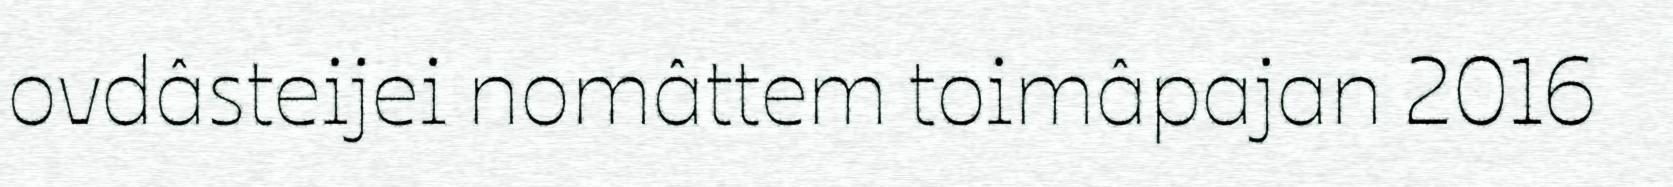
ovdâsteijei nomâttem toimâpajan 2016